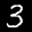
Label: 3